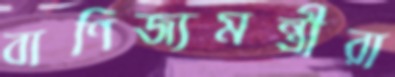
বাণিজ্যমন্ত্রীরা